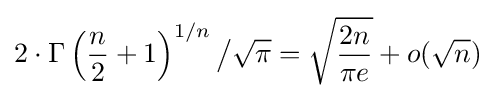
2\cdot \Gamma \left({\frac {n}{2}}+1\right)^{1/n}{\big /}{\sqrt {\pi }}={\sqrt {\frac {2n}{\pi e}}}+o({\sqrt {n}})